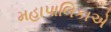
મહાપાલિકાએ